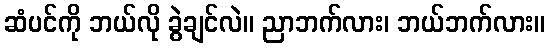
ဆံပင်ကို ဘယ်လို ခွဲချင်လဲ။ ညာဘက်လား၊ ဘယ်ဘက်လား။